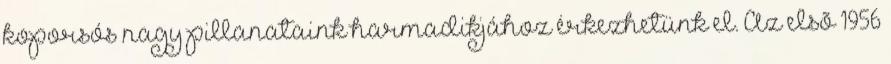
koporsós nagy pillanataink harmadikjához érkezhetünk el. Az elsõ 1956